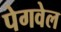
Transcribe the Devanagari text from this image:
पेगवेल